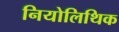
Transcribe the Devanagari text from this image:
नियोलिथिक